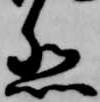
烈